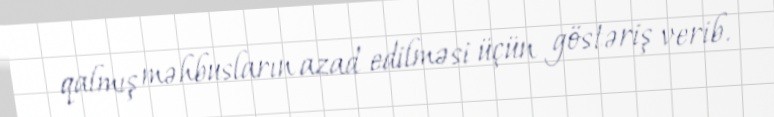
qalmış məhbusların azad edilməsi üçün göstəriş verib.